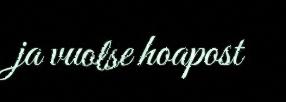
ja vuolse hoapost